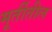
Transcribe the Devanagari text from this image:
मूर्तीतील